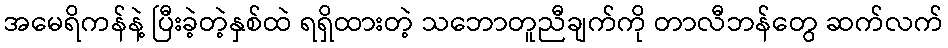
အမေရိကန်နဲ့ ပြီးခဲ့တဲ့နှစ်ထဲ ရရှိထားတဲ့ သဘောတူညီချက်ကို တာလီဘန်တွေ ဆက်လက်